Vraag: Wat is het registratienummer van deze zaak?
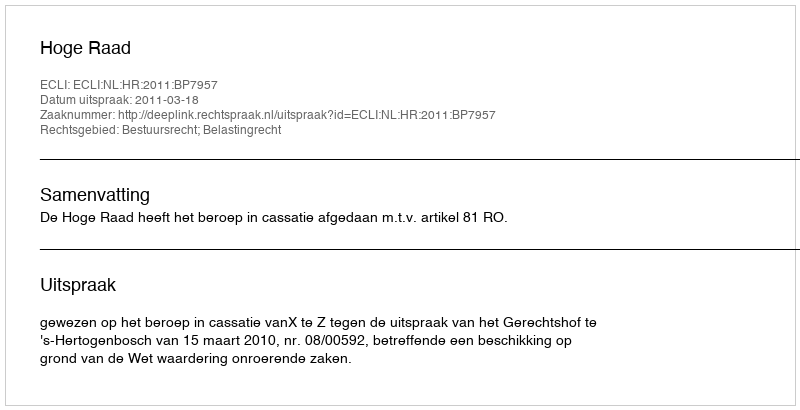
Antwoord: http://deeplink.rechtspraak.nl/uitspraak?id=ECLI:NL:HR:2011:BP7957